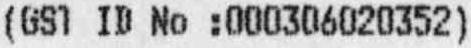
(GST ID NO :000306020352)